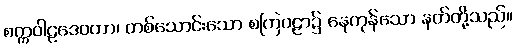
စက္ကဝါဠဒေဝတာ၊ တစ်သောင်းသော စကြဝဠာ၌ နေကုန်သော နတ်တို့သည်။